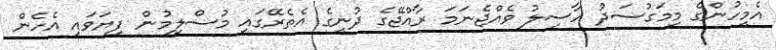
އެމީހުންގެ މިމަގުސަދު ހާސިލު ވެއްޖެނަމަ ރާއްޖޭގެ ދުނީގެ އެތެރޭގައި މުސްލިމުން ފިޔަވައި އެހެން